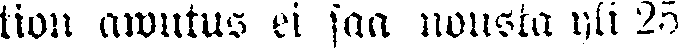
tion awustus ei saa nousta yli 25